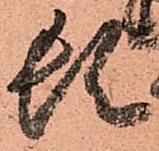
頓